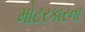
મોટરકારના